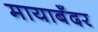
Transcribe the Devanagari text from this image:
मायाबँदर